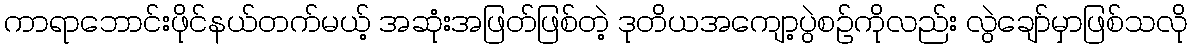
ကာရာဘောင်းဖိုင်နယ်တက်မယ့် အဆုံးအဖြတ်ဖြစ်တဲ့ ဒုတိယအကျော့ပွဲစဉ်ကိုလည်း လွဲချော်မှာဖြစ်သလို